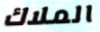
الملاك